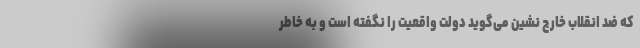
که ضد انقلاب خارج نشین می‌گوید دولت واقعیت را نگفته است و به خاطر